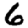
Digit: 6